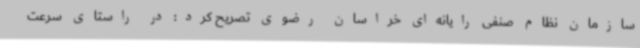
سازمان نظام صنفی رایانه‌ای خراسان رضوی تصریح کرد: در راستای سرعت